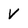
Character: V